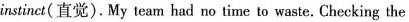
instinct(直觉).My team had no time to waste. Checking the